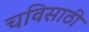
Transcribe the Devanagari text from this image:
चविसाठी